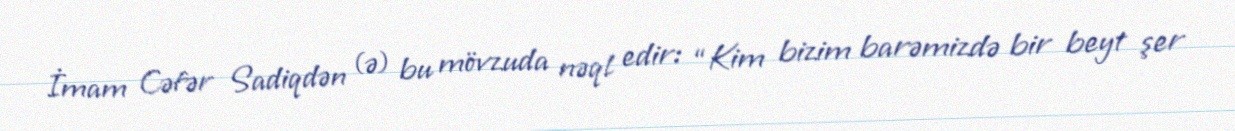
İmam Cəfər Sadiqdən (ə) bu mövzuda nəql edir: “Kim bizim barəmizdə bir beyt şer